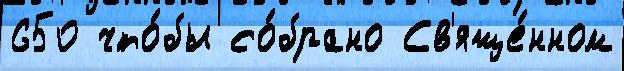
650 что́бы со́брано Св'яще́нном